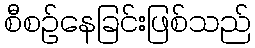
စီစဉ်နေခြင်းဖြစ်သည်